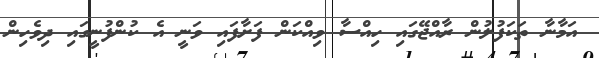
އަމާނާ ތަކަފުލުން ރާއްޖޭގައި ހިއްސާ ވިއްކަން ފަށާފައި ވަނީ އެ ކުންފުނީގައި ދިވެހިން